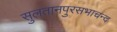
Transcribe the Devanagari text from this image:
सुलतानपुरसभाचन्द